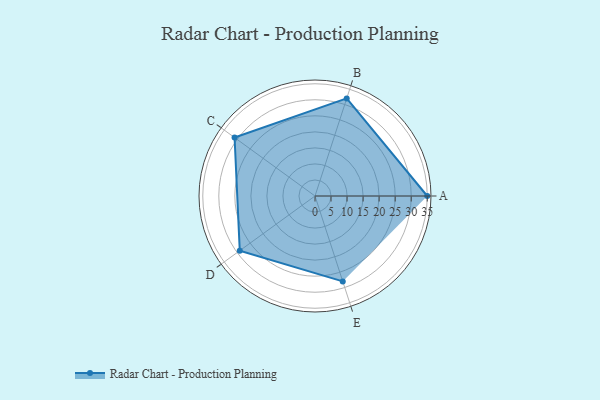
{"axis": {"x": "Skill", "y": "Score"}, "legend": ["Profile"], "data": [{"x": "A", "y": 35.0, "type": "Profile"}, {"x": "B", "y": 32.0, "type": "Profile"}, {"x": "C", "y": 31.0, "type": "Profile"}, {"x": "D", "y": 29.0, "type": "Profile"}, {"x": "E", "y": 28.0, "type": "Profile"}]}